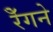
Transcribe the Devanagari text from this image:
रेँगने